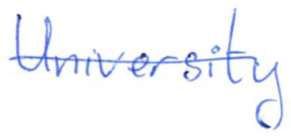
Text: University
Cross-out: single-line
Writing tool: ballpoint